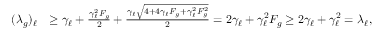
\begin{array} { r l } { ( \lambda _ { g } ) _ { \ell } } & { \geq \gamma _ { \ell } + \frac { \gamma _ { \ell } ^ { 2 } F _ { g } } { 2 } + \frac { \gamma _ { \ell } \sqrt { 4 + 4 \gamma _ { \ell } F _ { g } + \gamma _ { \ell } ^ { 2 } F _ { g } ^ { 2 } } } { 2 } = 2 \gamma _ { \ell } + \gamma _ { \ell } ^ { 2 } F _ { g } \geq 2 \gamma _ { \ell } + \gamma _ { \ell } ^ { 2 } = \lambda _ { \ell } , } \end{array}